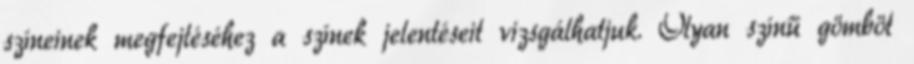
színeinek megfejtéséhez a színek jelentéseit vizsgálhatjuk. Olyan színű gömböt